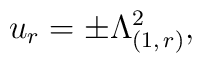
u_{r} = \pm \Lambda_{(1,\,r)}^{2},